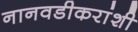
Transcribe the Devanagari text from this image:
नानवडीकरांशी